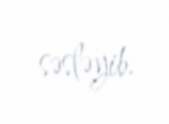
səsləyib.